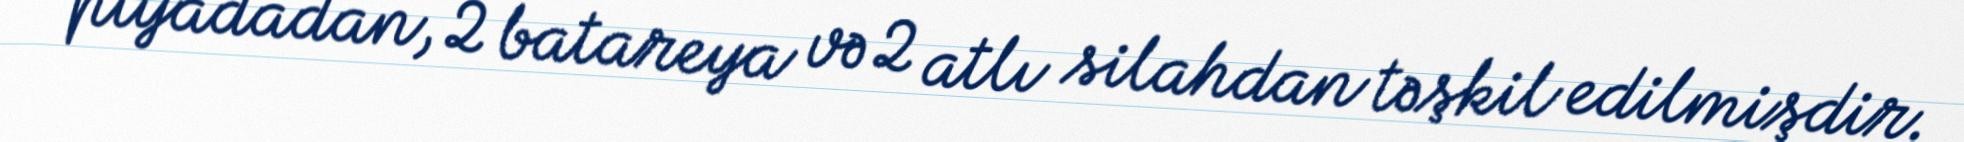
piyadadan, 2 batareya və 2 atlı silahdan təşkil edilmişdir.